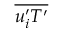
\overline { { { u _ { i } ^ { \prime } } { T ^ { \prime } } } }